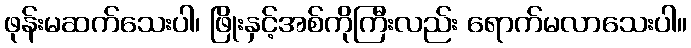
ဖုန်းမဆက်သေးပါ၊ ဖြိုးနှင့်အစ်ကိုကြီးလည်း ရောက်မလာသေးပါ။